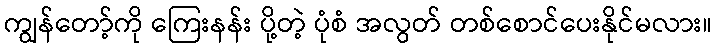
ကျွန်တော့်ကို ကြေးနန်း ပို့တဲ့ ပုံစံ အလွတ် တစ်စောင်ပေးနိုင်မလား။